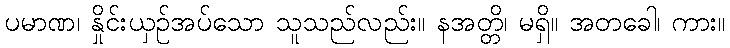
ပမာဏ၊ နှိုင်းယှဉ်အပ်သော သူသည်လည်း။ နအတ္တိ၊ မရှိ။ အတခေါ၊ ကား။